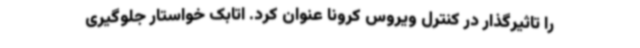
را تاثیرگذار در کنترل ویروس کرونا عنوان کرد. اتابک خواستار جلوگیری